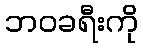
ဘဝခရီးကို